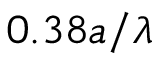
0 . 3 8 a / \lambda